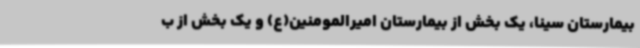
بیمارستان سینا، یک بخش از بیمارستان امیرالمومنین(ع) و یک بخش از ب